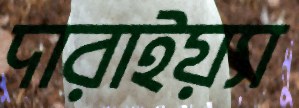
দারাইয়্যা